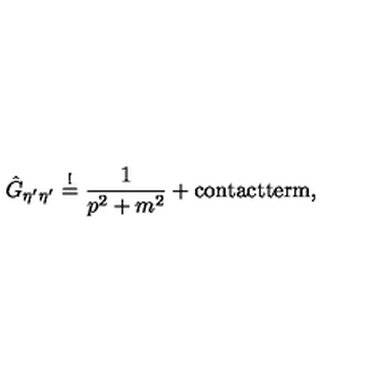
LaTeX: \hat { G } _ { \eta ^ { \prime } \eta ^ { \prime } } \stackrel { ! } { = } \frac { 1 } { p ^ { 2 } + m ^ { 2 } } + \mathrm { c o n t a c t t e r m } ,